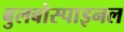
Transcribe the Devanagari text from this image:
बुलबोस्पाइनल